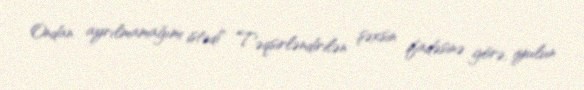
Ondan ayrılmamağımı istədi" Təqsirləndirilən şəxsin ifadəsinə görə, iyulun